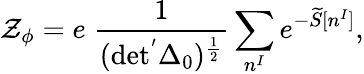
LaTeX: \mathcal{Z}_{\phi}=e\; \frac{{1}}{{(\mathrm{{det^{'}\Delta_{0})^{\frac{{1}}{{2}}}}}}}\sum_{n^{I}}e^{-\widetilde{{S}}[n^{I}]},